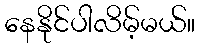
နေနိုင်ပါလိမ့်မယ်။